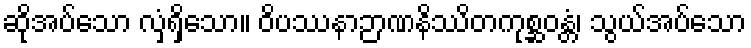
ဆိုအပ်သော လှံရှိသော။ ဝိပဿနာဉာဏနိဿိတကုစ္ဆဝန္တံ၊ သွယ်အပ်သော